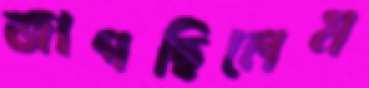
জাগছিলেম